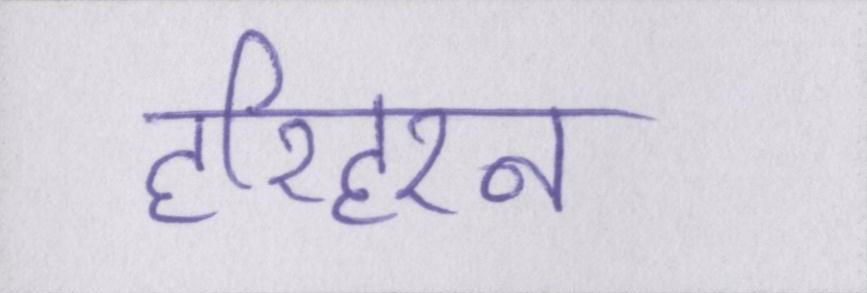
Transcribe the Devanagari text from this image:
हरिहरन